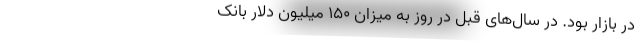
در بازار بود. در سال‌های قبل در روز به میزان ۱۵۰ میلیون دلار بانک